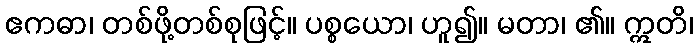
ဧကဓာ၊ တစ်ဖို့တစ်စုဖြင့်။ ပစ္စယော၊ ဟူ၍။ မတာ၊ ၏။ ဣတိ၊